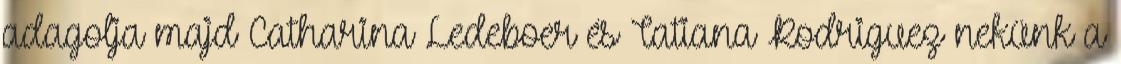
adagolja majd Catharina Ledeboer és Tatiana Rodriguez nekünk a